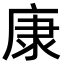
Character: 康